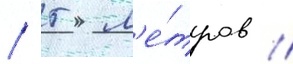
/ 5 м'е́тров //